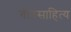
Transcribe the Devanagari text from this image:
गीतसाहित्य